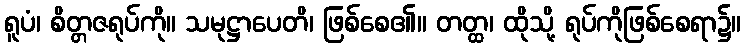
ရူပံ၊ စိတ္တဇရုပ်ကို။ သမုဋ္ဌာပေတိ၊ ဖြစ်စေ၏။ တတ္ထ၊ ထိုသို့ ရုပ်ကိုဖြစ်စေရာ၌။